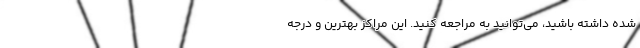
شده داشته باشید، می‌توانید به مراجعه کنید. این مراکز بهترین و درجه